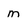
Character: M